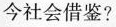
今社会借鉴?